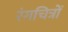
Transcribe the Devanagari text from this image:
रंगचित्रों